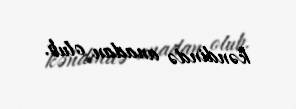
kəndində anadan olub.